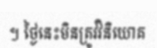
។ ថ្ងៃនេះមិនត្រូវវិនិយោគ